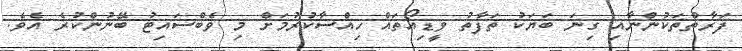
ފަރާތްތަކުންނާއި ގިނަ ބަޔަކު ތަފާތު ވީޑިއޯތައް ހިއްސާކުރުމަށް މި ވެބްސައިޓު ބޭނުންކުރެ އެވެ.